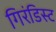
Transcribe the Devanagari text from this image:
गिरंडिस्ट